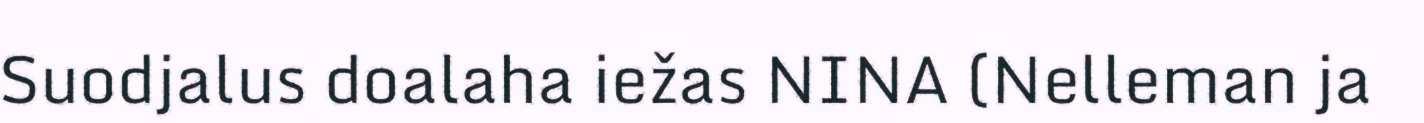
Suodjalus doalaha iežas NINA (Nelleman ja